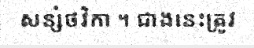
សន្សំថវិកា ។ ជាងនេះត្រូវ